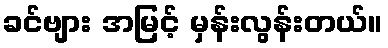
ခင်ဗျား အမြင့် မှန်းလွန်းတယ်။